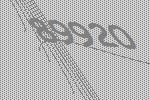
89920